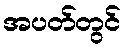
အပတ်တွင်